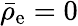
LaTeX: \bar{\rho}_{\mathrm{e}}=0